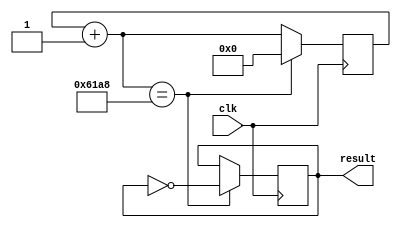
module blink(clk,result);

input clk;
output result;
reg result;
reg [14:0] ccnt;

always @(negedge clk) begin
	ccnt=ccnt+1;
	if(ccnt==25000) begin
		ccnt<=0;
		result<=~result;
	end
end

initial begin
	ccnt=-1;
	result=0;
end

endmodule